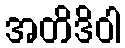
အတိဒိဝါ